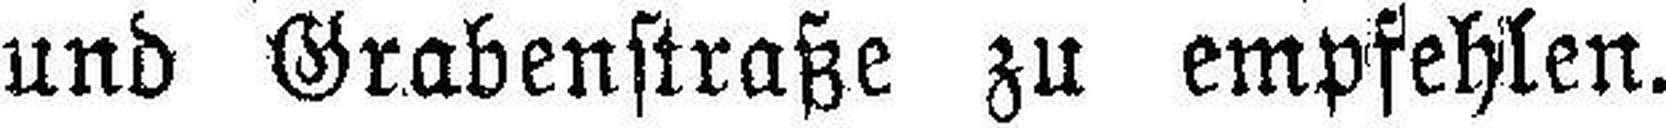
und Grabenstraße zu empfehlen.